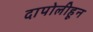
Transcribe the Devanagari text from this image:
दापोलीहून